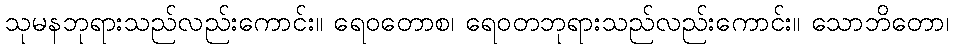
သုမနဘုရားသည်လည်းကောင်း။ ရေဝတောစ၊ ရေဝတဘုရားသည်လည်းကောင်း။ သောဘိတော၊